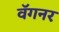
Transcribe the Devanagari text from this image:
वॅगनर